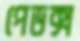
পেডক্স